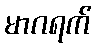
မာဂရက်